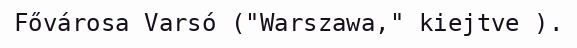
Fővárosa Varsó ("Warszawa," kiejtve ).